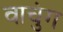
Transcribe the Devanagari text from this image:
वाचुंग